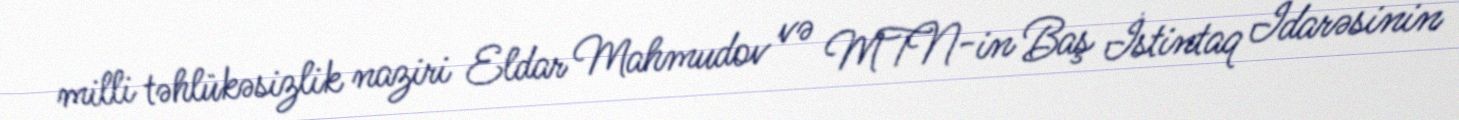
milli təhlükəsizlik naziri Eldar Mahmudov və MTN-in Baş İstintaq İdarəsinin